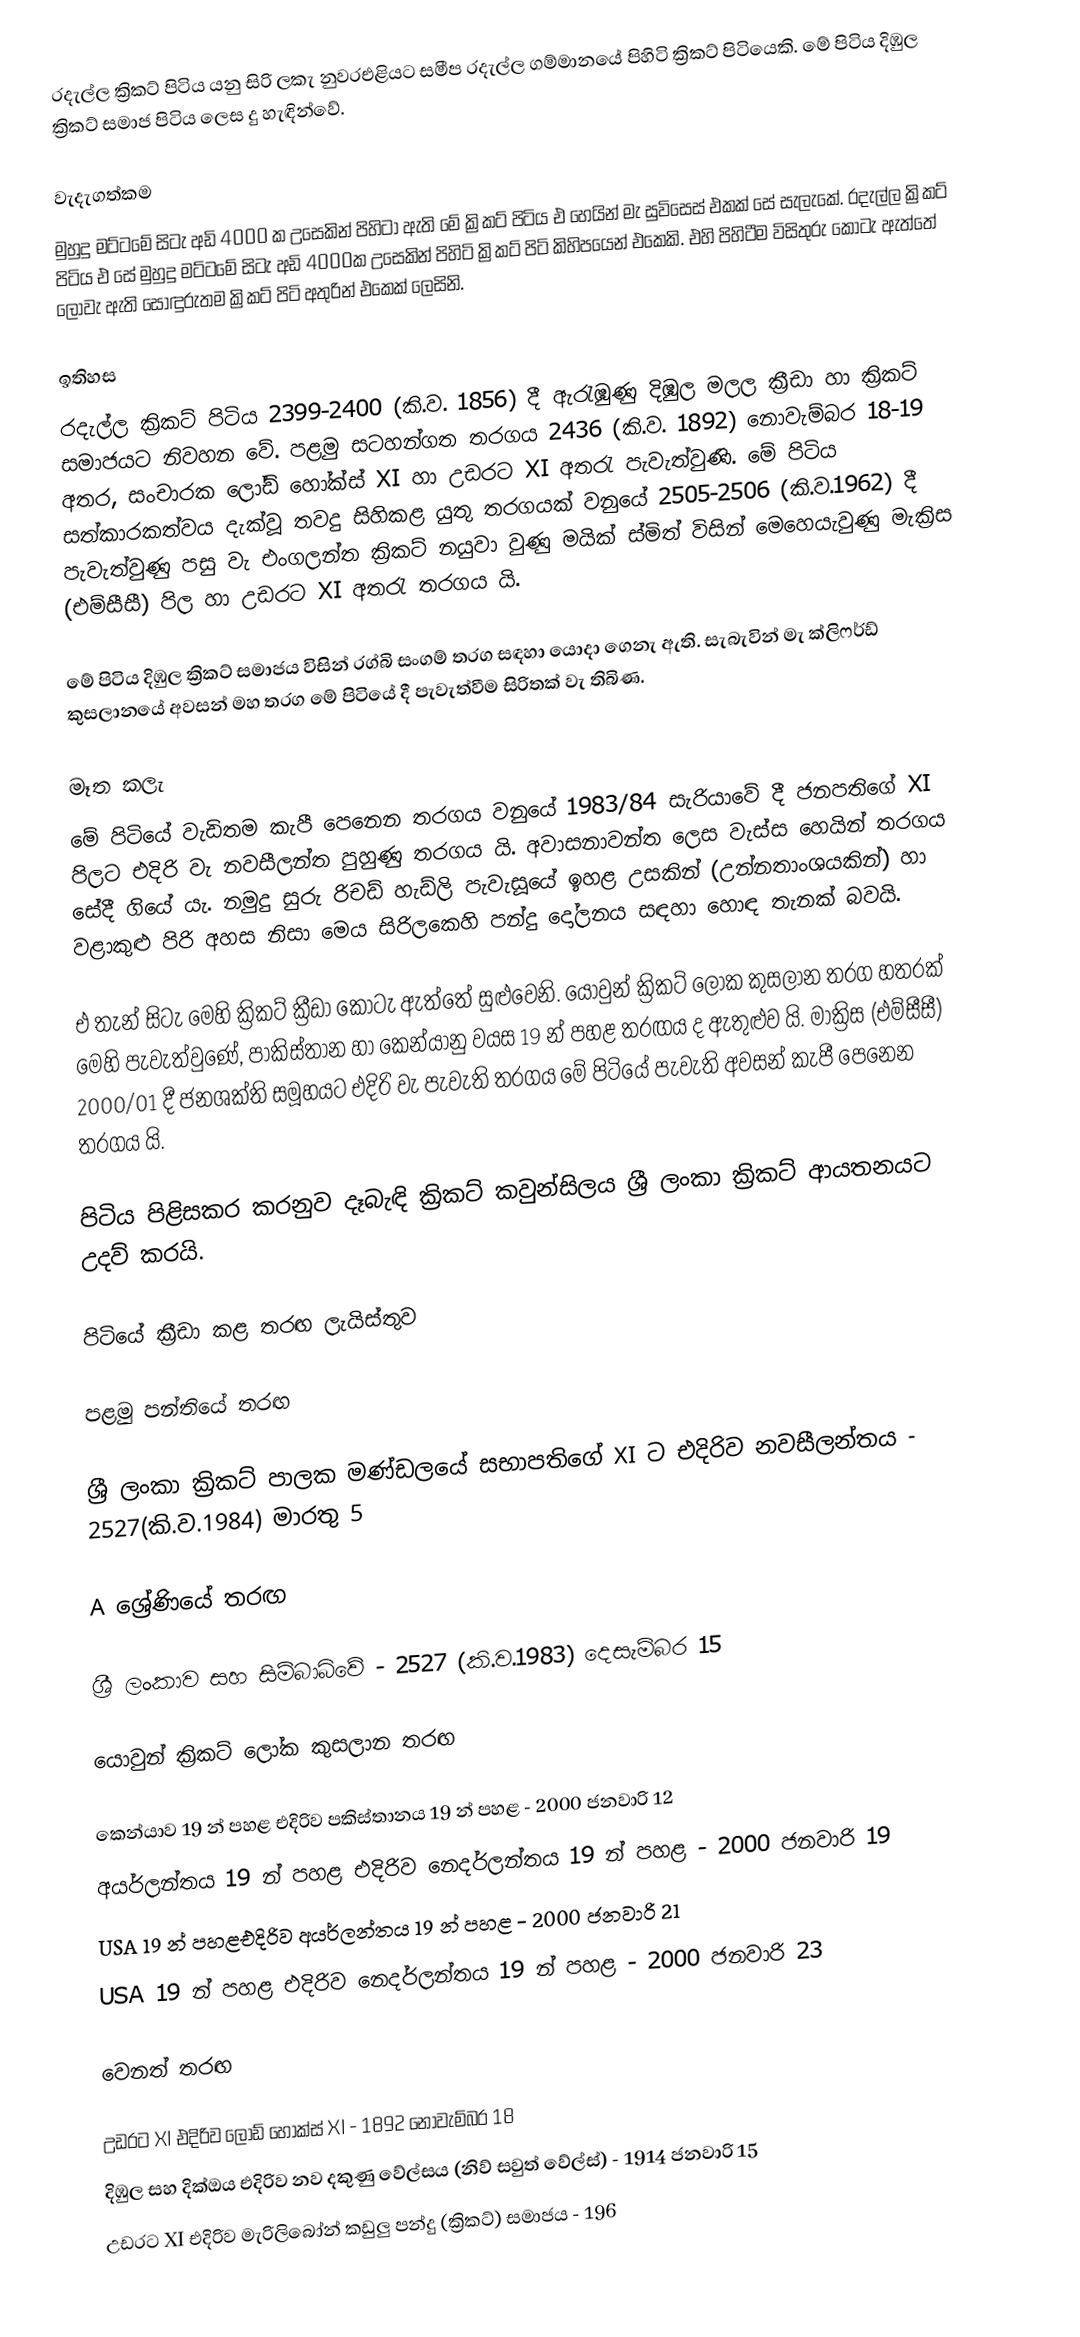
රදැල්ල ක්‍රිකට් පිටිය යනු සිරි ලකැ නුවරඑළියට සමීප රදැල්ල ගම්මානයේ පිහිටි ක්‍රිකට් පිටියෙකි. මේ පිටිය දිඹුල ක්‍රිකට් සමාජ පිටිය ලෙස දු හැඳින්වේ.

වැදැගත්කම
මුහුදු මට්ටමේ  සිටැ අඩි  4000 ක උසෙකින් පිහිටා ඇති මේ ක්‍රිකට් පිටිය එ හෙයින් මැ සුවිසෙස් එකක් සේ සැලැකේ. රදැල්ල ක්‍රිකට් පිටිය එ සේ මුහුදු මට්ටමේ සිටැ අඩි 4000ක උසෙකින් පිහිටි ක්‍රිකට් පිටි කිහිපයෙන් එකෙකි. එහි පිහිටීම විසිතුරු කොටැ ඇත්තේ ලොවැ ඇති සොඳුරුතම ක්‍රිකට් පිටි අතුරින් එකෙක් ලෙසිනි.

ඉතිහස
රදැල්ල ක්‍රිකට් පිටිය  2399-2400 (කි.ව. 1856) දී ඇරැඹුණු දිඹුල මලල ක්‍රීඩා හා ක්‍රිකට් සමාජයට නිවහන වේ. පළමු සටහන්ගත තරගය  2436 (කි.ව. 1892) නොවැම්බර 18-19 අතර, සංචාරක ලෝඩ් හෝක්ස් XI හා උඩරට XI අතරැ පැවැත්වුණි. මේ පිටිය සත්කාරකත්වය දැක්වූ තවදු සිහිකළ යුතු තරගයක් වනුයේ 2505-2506 (කි.ව.1962) දී පැවැත්වුණු පසු වැ එංගලන්ත ක්‍රිකට් නයුවා වුණු මයික් ස්මිත් විසින් මෙහෙයැවුණු මැක්‍රිස (එම්සීසී) පිල හා උඩරට XI අතරැ තරගය යි.

මේ පිටිය දිඹුල ක්‍රිකට් සමාජය විසින් රග්බි සංගම් තරග සඳහා යොදා ගෙනැ ඇති. සැබැවින් මැ ක්ලිෆර්ඩ් කුසලානයේ අවසන් මහ තරග මේ පිටියේ දී පැවැත්වීම සිරිතක් වැ තිබිණ.

මෑත කලැ
මේ පිටියේ වැඩිතම කැපී පෙනෙන තරගය  වනුයේ 1983/84 සැරියාවේ දී ජනපතිගේ XI පිලට එදිරි වැ නවසීලන්ත පුහුණු තරගය යි. අවාසනාවන්ත ලෙස වැස්ස හෙයින් තරගය සේදී ගියේ යැ. නමුදු සුරු රිචඩ් හැඩ්ලි පැවැසූයේ ඉහළ උසකින් (උන්නතාංශයකින්) හා වළාකුළු පිරි අහස නිසා මෙය සිරිලකෙහි පන්දු දෝලනය සඳහා හොඳ තැනක් බවයි.

එ තැන් සිටැ මෙහි ක්‍රිකට් ක්‍රීඩා කොටැ ඇත්තේ සුළුවෙනි. යොවුන් ක්‍රිකට් ලෝක කුසලාන තරග හතරක් මෙහි පැවැත්වුණේ, පාකිස්තාන හා කෙන්යානු  වයස 19 න් පහළ තරඟය ද ඇතුළුව යි. මාක්‍රිස (එම්සීසී) 2000/01 දී ජනශක්ති සමූහයට එදිරි වැ පැවැති තරගය මේ පිටියේ පැවැති අවසන් කැපී පෙනෙන තරගය යි.

පිටිය පිළිසකර කරනුව දෑබැඳි ක්‍රිකට් කවුන්සිලය ශ්‍රී ලංකා ක්‍රිකට් ආයතනයට උදව් කරයි.

පිටියේ ක්‍රීඩා කළ තරඟ ලැයිස්තුව

පළමු පන්තියේ තරඟ

 ශ්‍රී ලංකා ක්‍රිකට් පාලක මණ්ඩලයේ සභාපතිගේ XI ට එදිරිව නවසීලන්තය  - 2527(කි.ව.1984) මාරතු 5

A ශ්‍රේණියේ  තරඟ

 ශ්‍රී ලංකාව සහ සිම්බාබ්වේ - 2527 (කි.ව.1983) දෙසැම්බර 15

යොවුන් ක්‍රිකට් ලෝක කුසලාන තරඟ

 කෙන්යාව 19 න් පහළ එදිරිව පකිස්තානය 19 න් පහළ - 2000 ජනවාරි 12
 අයර්ලන්තය 19 න් පහළ එදිරිව නෙදර්ලන්තය 19 න් පහළ - 2000 ජනවාරි 19
 USA 19 න් පහළඑදිරිව අයර්ලන්තය 19 න් පහළ - 2000 ජනවාරි 21
 USA 19 න් පහළ එදිරිව නෙදර්ලන්තය 19 න් පහළ - 2000 ජනවාරි 23

වෙනත් තරඟ

 උඩරට XI එදිරිව ලෝඩ් හෝක්ස් XI - 1892 නොවැම්බර 18
 දිඹුල සහ දික්ඔය එදිරිව නව දකුණු වේල්සය (නිව් සවුත් වේල්ස්) - 1914 ජනවාරි 15
 උඩරට XI එදිරිව මැරිලිබෝන් කඩුලු පන්දු (ක්‍රිකට්) සමාජය - 196